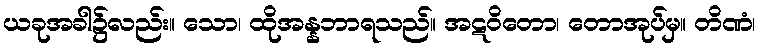
ယခုအခါ၌လည်း။ သော၊ ထိုအန္နဘာရသည်။ အဋဝိတော၊ တောအုပ်မှ။ တိဏံ၊